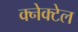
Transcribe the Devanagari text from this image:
क्नेक्टेल